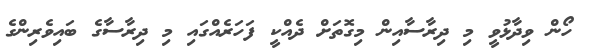
ހޯން ވިދާޅުވީ މި ދިރާސާއިން މިގޮތަށް ދެއްކީ ފަހަރެއްގައި މި ދިރާސާގެ ބައިވެރިންގެ